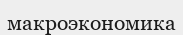
макроэкономика